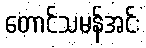
တောင်သမန်အင်း